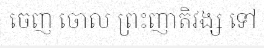
ចេញ ចោល ព្រះញាតិវង្ស ទៅ